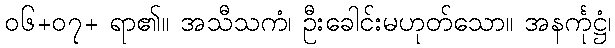
၀၆+၀၇+ ရာ၏။ အသီသကံ၊ ဦးခေါင်းမဟုတ်သော။ အနင်္ကုဋ္ဌံ၊